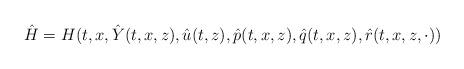
LaTeX: \begin{align*}\hat{H}= H(t, x,\hat{Y} (t, x,z), \hat{u}(t,z), \hat{p}(t, x,z), \hat{q}(t, x,z), \hat{r}(t,x,z,\cdot))\end{align*}